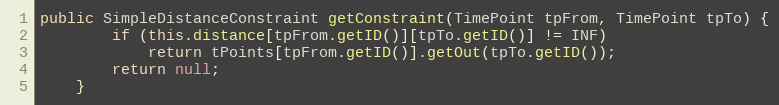
Language: Java
public SimpleDistanceConstraint getConstraint(TimePoint tpFrom, TimePoint tpTo) {
		if (this.distance[tpFrom.getID()][tpTo.getID()] != INF)
			return tPoints[tpFrom.getID()].getOut(tpTo.getID());
		return null;
	}